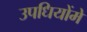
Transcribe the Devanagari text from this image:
उपधियोंमे